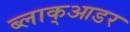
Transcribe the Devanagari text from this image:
ब्लाक्आडर